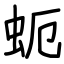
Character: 蚅